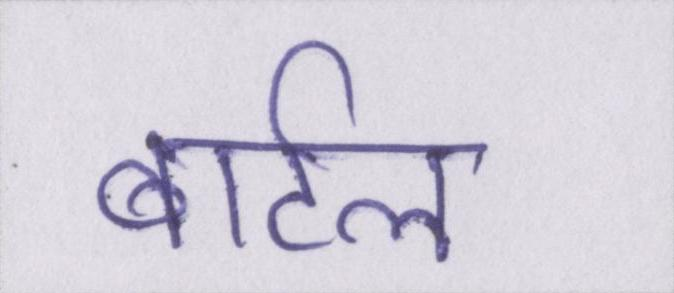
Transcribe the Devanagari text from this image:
बार्टल